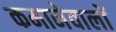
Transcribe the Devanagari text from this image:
कमानेवालों